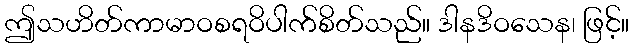
ဤသဟိတ်ကာမာဝစရဝိပါက်စိတ်သည်။ ဒါနဒိဝသေန၊ ဖြင့်။